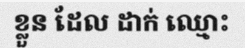
ខ្លួន ដែល ដាក់ ឈ្មោះ